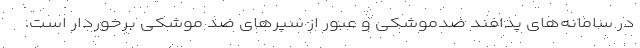
در سامانه‌های پدافند ضدموشکی و عبور از سپرهای ضد موشکی برخوردار است.